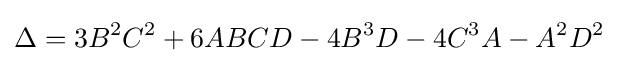
\Delta =3B^{2}C^{2}+6ABCD-4B^{3}D-4C^{3}A-A^{2}D^{2}